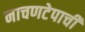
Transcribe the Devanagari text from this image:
नाचणटेपाची